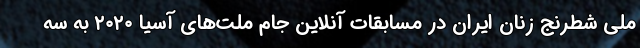
ملی شطرنج زنان ایران در مسابقات آنلاین جام ملت‌های آسیا ۲۰۲۰ به سه